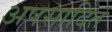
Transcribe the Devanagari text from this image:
अपसादित